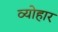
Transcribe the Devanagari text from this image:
व्योहार